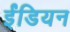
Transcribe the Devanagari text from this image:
ईंडियन